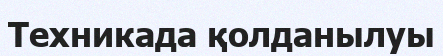
Техникада қолданылуы